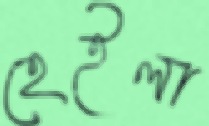
হেইলা